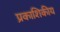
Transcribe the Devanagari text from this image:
प्रकाशिकीय